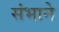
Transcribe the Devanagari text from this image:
संभाने